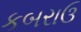
કબરાઉ